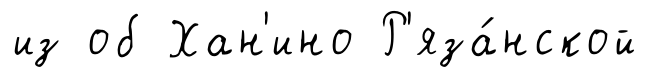
из об Хан'ино Р'яза́нской